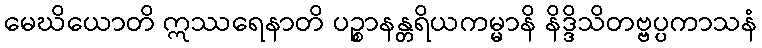
မေဃိယောတိ ဣဿရေနာတိ ပဉ္စာနန္တရိယကမ္မာနိ နိဒ္ဒိသိတဗ္ဗပ္ပကာသနံ